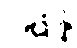
ပဋိစ္ဆန္နံ